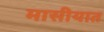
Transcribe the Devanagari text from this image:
मासीयात